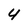
Character: 4